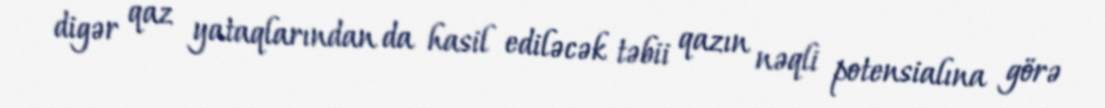
digər qaz yataqlarından da hasil ediləcək təbii qazın nəqli potensialına görə